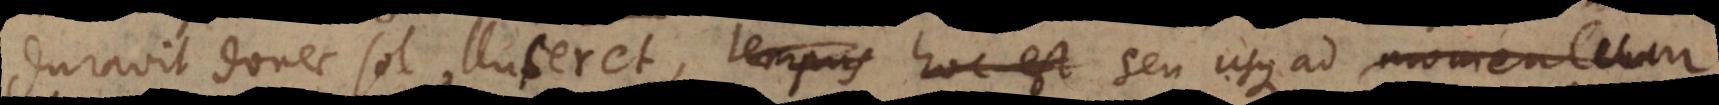
donec sol illuceret, tempus hoc est seu usque ad momentum